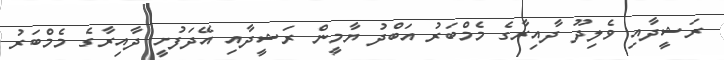
ރަޝީދާއި ވެލިދޫ ދާއިރާގެ މެމްބަރު އަބްދު ޔާމީން ރަޝީދާއި އޭދަފުށީ ދާއިރާގެ މެމްބަރު